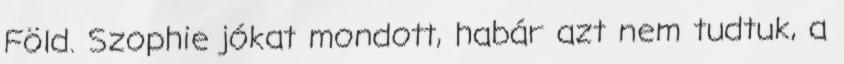
Föld. Szophie jókat mondott, habár azt nem tudtuk, a